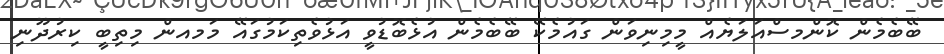
ބޭބެމެން ކޮންމސްއަލަޔެއް މީމިނިވަން ގައުމެކޭ ބޭބެމެން އުޅެބޮޑުވީ އަޅުވެތިކަމުގައޭ މަމއން މިތިބީ ކިރުދޫނި